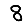
Digit: 8